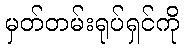
မှတ်တမ်းရုပ်ရှင်ကို